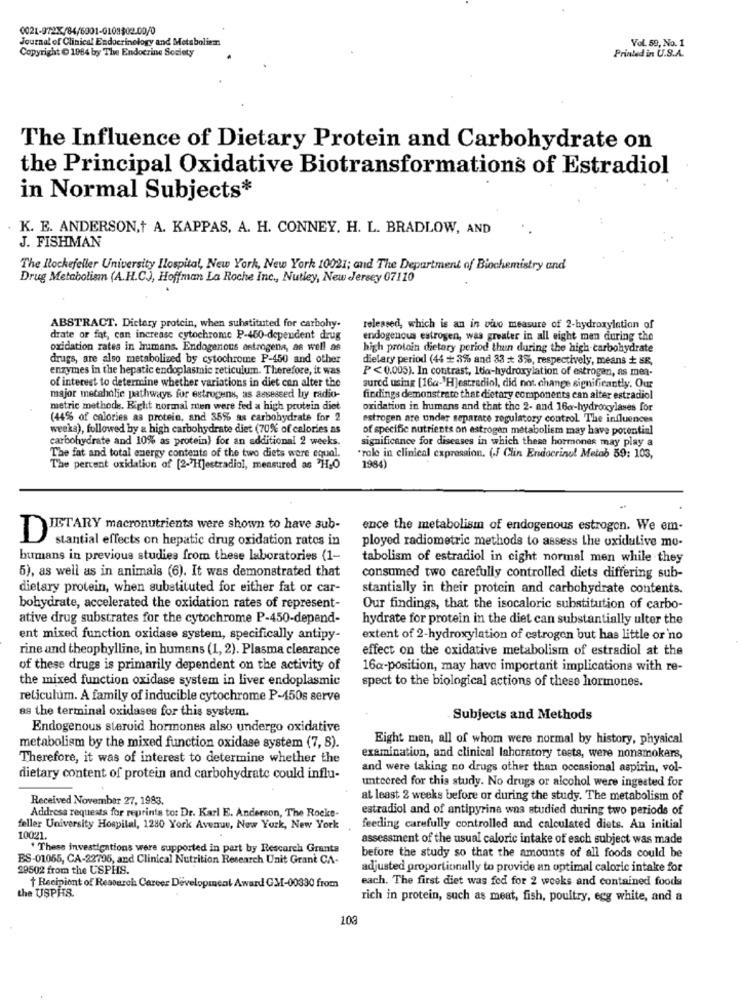
0021-972X/84/6001-0108$02.00/0
Journal of Clinical Endocrinology and Metaboliem
Vol. 59, No. 1
Copyright @ 1984 by The Endocrine Society
Printed in U.S.A.
The Influence of Dietary Protein and Carbohydrate on
the Principal Oxidative Biotransformations of Estradiol
in Normal Subjects*
K. E. ANDERSON,+ A. KAPPAS, A. H. CONNEY. H. L. BRADLOW, AND
J. FISHMAN
The Rockefeller University Ilospital, New York, New York 10021; and The Department of Biochemistry and
Drug Metabolism (A.H.C.), Hoffman La Roche Inc ., Nutley, New Jersey 07110
ABSTRACT. Dictary protein, when substituted for carbohy.
released, which is an in vivo measure of 2-hydroxylation of
drate or fat, can increase cytochrome P-460-dependent drug
endogenous estrogen, was greater in all eight men during the
oxidation rates in humans. Endogenous estrogena, as well as
high protein dietary period thun during the high carbohydrate
drugs, are also metabolized by cytochrome P-450 and other
dietary period (44 + 3% and 33 = 3%, respectively, means + SR,
enzymes in the hepatic endoplasmic reticulum. Therefore, it was
P <0.005). In contrast, loa-hydroxylation of estrogen, as mea-
of interest to determine whether variations in diet con alter the
sured using [16a-'H]estradiol, did not change significantly. Our
major metaholje pathways for estrogens, as assessed ly radio-
findings demonstrate that dietary components can alter estradiol
metric methods. Right normal men were fed a high protein diet
oxidation in humans and that the 2- and 16a-hydroxylases for
(44% of calories as protein, and 35% as carbohydrate for 2
estrogen are under separate regulatory control The influences
weeka), followed by a high carbohydrate diet (70% of calories as
of specific nutrients on estrogen metabolism may have potential
carbohydrate and 10% as protein) for an additional 2 weeks.
significance for diseases in which these hormones may play a
The fat and total energy contents of the two diets were equal.
"role in clinical expression. (.J Clin Endocrinol Metab 59: 103,
The percent oxidation of [2-H]estradiol, measured as "H,O
1984)
JETARY macronutrients were shown to have sub-
ence the metabolism of endogenous estrogen. We em-
D
stantial effects on hepatic drug oxidation ratos in
ployed radiometric methods to assess the oxidulive mo-
humans in previous studies from these laboratories (1-
tabolism of estradiol in cight normal men while they
5), as well as in animals (6). It was demonstrated that
consumed two carefully controlled diets differing sub-
dietary protein, when substituted for either fat or car-
stantially in their protein and carbohydrate contents.
bohydrate, accelerated the oxidation rates of represent-
Our findings, that the isocaloric substitution of carbo-
ative drug substrates for the cytochrome P-450-depend-
hydrate for protein in the diet can substantially ulter the
ent mixed function oxidase system, specifically antipy-
extent of 2-hydroxylation of estrogen but has little or no
rine and theophylline, in humans (1, 2). Plasma clearance
effect on the oxidative metabolism of estradiol at the
of these drugs is primarily dependent on the activity of
16a-position, may have important implications with re-
the mixed function oxidase system in liver endoplasmic
spect to the biological actions of these hormones.
reticulum. A family of inducible cytochrome P-150s serve
as the terminal oxidases for this system.
Subjects and Methods
Endogenous steroid hormones also undergo oxidative
Eight men, all of whom were normal by history, physical
metabolism by the mixed function oxidase system (7, 8).
Therefore, it was of interest to determine whether the
examination, and clinical lahoratory tests, were nonsmokers,
and were taking no drugs other than occasional aspirin, vol-
dietary content of protein and carbohydrate could influ-
unteered for this study. No drugs or alcohol were ingested for
Received November 27, 1983.
at least 2 weeks before or during the study. The metabolism of
estradiol and of antipyrina was studied during two periods of
Address requests for reprints to: Dr. Karl E. Anderson, The Rocke-
feller University Hospital, 1280 York Avenue, New York, New York
feeding carefully controlled and calculated diets. An initial
10021.
assessment of the usual caloric intake of each subject was made
. These investigations were supported in part by Rescarch Grants
ES-01055, CA-22796, and Clinical Nutrition Research Unit Grant CA-
before the study so that the amounts of all foods could be
29502 from the USPHS.
adjusted proportionally to provide an optimal caloric intake for
each. The first diet was fod for 2 weeks and contained foods
the USPHS.
Recipient of Research Career Development Award GM-00330 from
rich in protein, such as meat, fish, poultry, egg white, and a
103